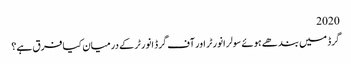
2020
گرڈ میں بندھے ہوئے سولر انورٹر اور آف گرڈ انورٹر کے درمیان کیا فرق ہے؟